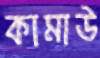
কামাউ